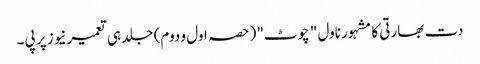
دت بھارتی کا مشہور ناول "چوٹ" (حصہ اول و دوم) جلد ہی تعمیرنیوز پر پی۔